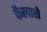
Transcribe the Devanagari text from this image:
कैलासे